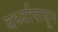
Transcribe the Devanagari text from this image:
वर्ध्यापासून